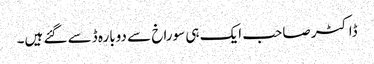
ڈاکٹر صاحب ایک ہی سوراخ سے دوبارہ ڈسے گئے ہیں۔